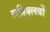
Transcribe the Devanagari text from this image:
रात्रिक्लबों